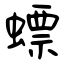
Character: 螵